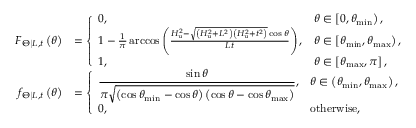
\begin{array} { r l } { F _ { \left. \Theta \right| L , t } \left( \theta \right) } & { = \left\{ \begin{array} { l l } { 0 , } & { \theta \in \left[ 0 , \theta _ { \operatorname* { m i n } } \right) , } \\ { 1 - \frac { 1 } { \pi } \operatorname { a r c c o s } \left( \frac { H _ { \mathrm { u } } ^ { 2 } - \sqrt { \left( H _ { \mathrm { u } } ^ { 2 } + L ^ { 2 } \right) \left( H _ { \mathrm { u } } ^ { 2 } + t ^ { 2 } \right) } \cos \theta } { L t } \right) , } & { \theta \in \left[ \theta _ { \operatorname* { m i n } } , \theta _ { \operatorname* { m a x } } \right) , } \\ { 1 , } & { \theta \in \left[ \theta _ { \operatorname* { m a x } } , \pi \right] , } \end{array} \right. } \\ { f _ { \left. \Theta \right| L , t } \left( \theta \right) } & { = \left\{ \begin{array} { l l } { \displaystyle \frac { \sin \theta } { \pi \sqrt { \left( \cos \theta _ { \operatorname* { m i n } } - \cos \theta \right) \left( \cos \theta - \cos \theta _ { \operatorname* { m a x } } \right) } } , } & { \theta \in \left( \theta _ { \operatorname* { m i n } } , \theta _ { \operatorname* { m a x } } \right) , } \\ { 0 , } & { \mathrm { o t h e r w i s e } , } \end{array} \right. } \end{array}